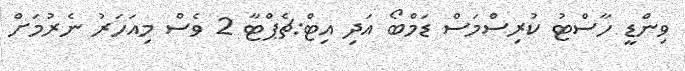
ވިންޑީ ހާސްޓު ކުރިސްމަސް ޑަމްބޯ އަދި އިޓް:ޗެޕްޓާ 2 ވެސް މިއަހަރު ނެރުމަށް